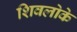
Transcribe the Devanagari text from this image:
शिवलोके